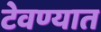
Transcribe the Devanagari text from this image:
टेवण्यात